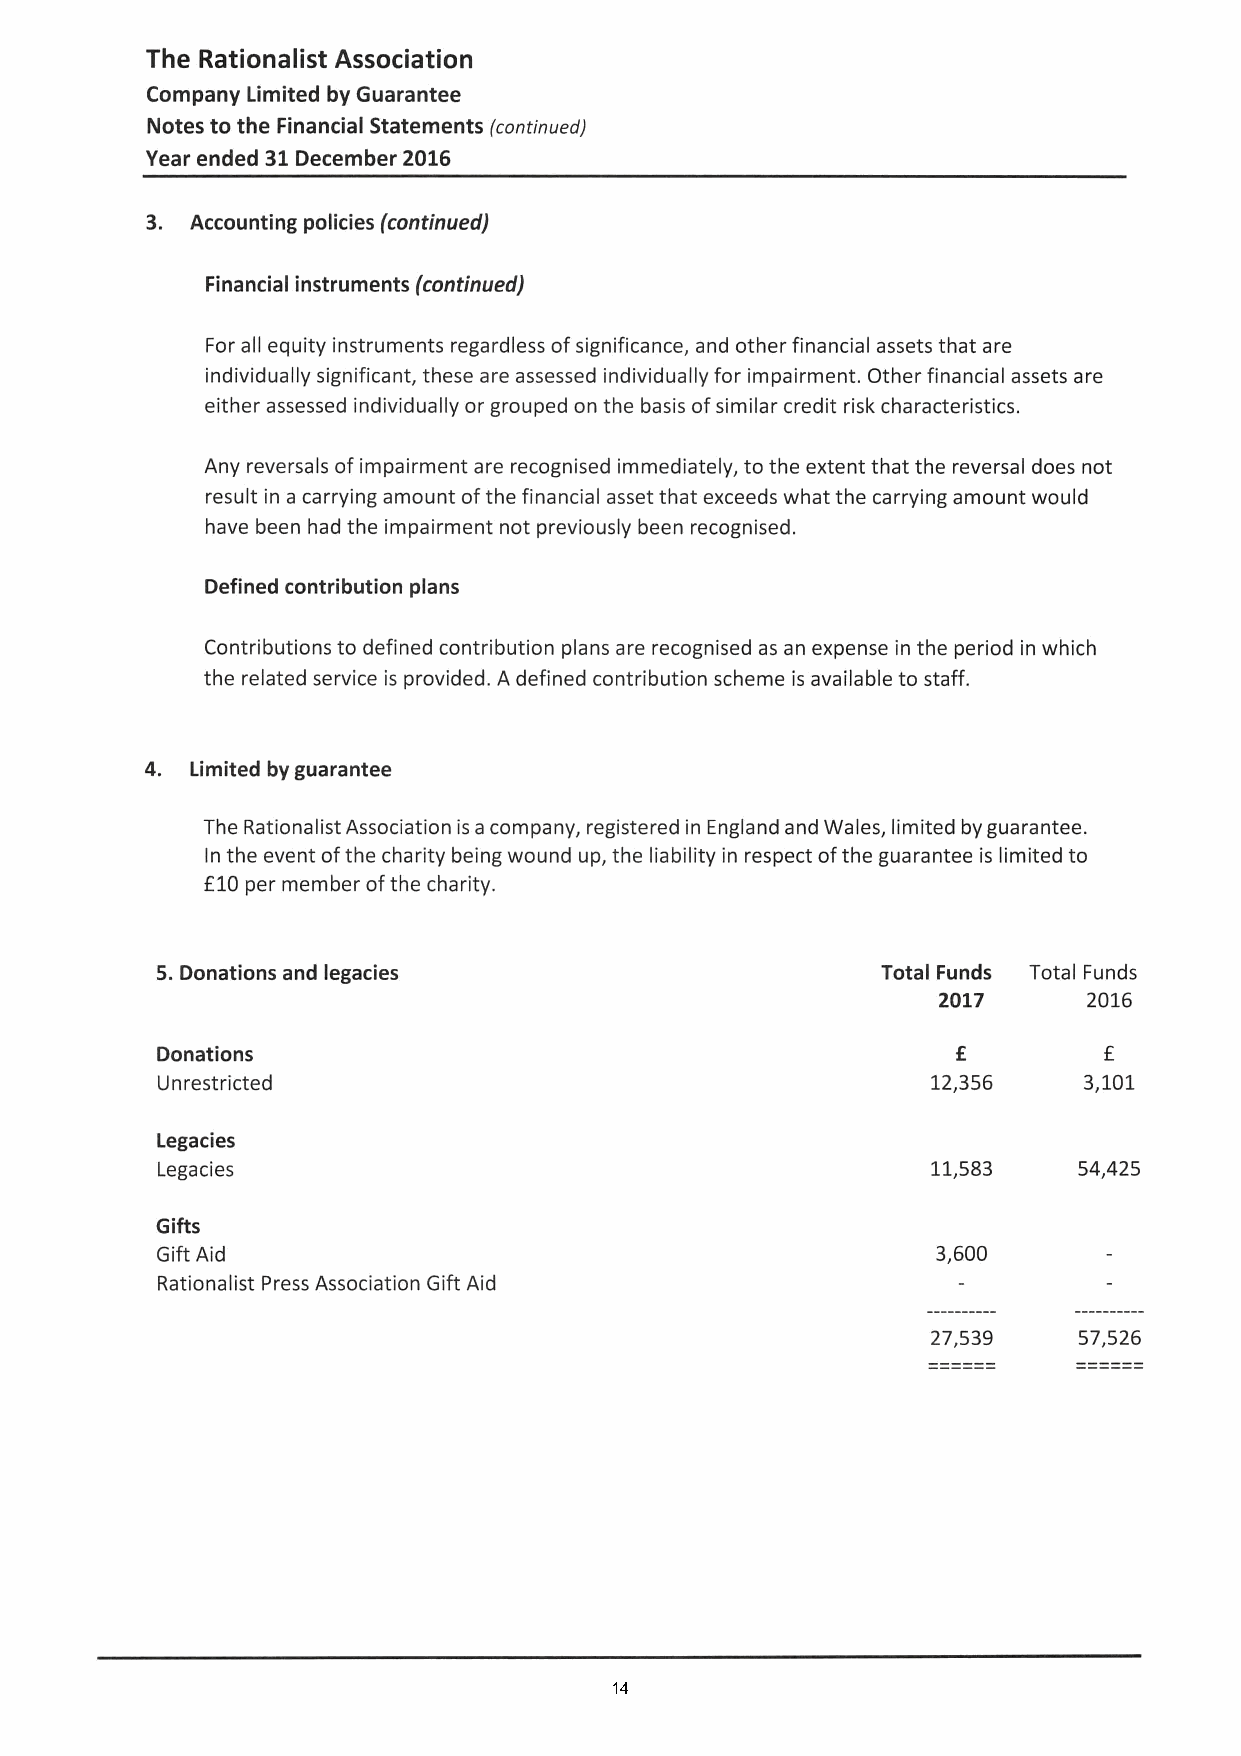
The Rationalist Association
 Company Limited byGuarantee
 Notesto the Financial Statements (continued)
 Yearended 31 December2016
 3. Accounting policies(continued)
 Financial instruments(continued)
 For all equity instruments regardless ofsignificance, and otherfinancial assets that are
 individually significant, these are assessed individuallyfor impairment. Otherfinancial assets are
 eitherassessed individuallyorgrouped on the basis ofsimilar credit risk characteristics.
 Any reversals ofimpairment are recognised immediately, to the extentthat the reversal does not
 result in acarrying amount ofthe financial assetthat exceeds whatthe carrying amountwould
 have been had the impairment not previously been recognised.
 Defined contribution plans
 Contributionsto defined contribution plans are recognised as an expense in the period in which
 the related service is provided. Adefined contribution scheme is available to staff.
 4. Limited byguarantee
 The RationalistAssociation isacompany, registered in EnglandandWales, limited byguarantee.
 In the eventofthe charity beingwound up, the liability in respect ofthe guarantee is limited to
 £10 per memberofthe charity.
 5. Donationsand legacies                        Total Funds Total Funds
 2017      2016
 Donations                                            £         £
 Unrestricted                                        12,356    3,101
 Legacies
 Legacies                                            11,583   54,425
 Gifts
 GiftAid                                             3,600
 Rationalist PressAssociation GiftAid
 27,539   57,526
 - -- -- -- -- -- - ------------
 14